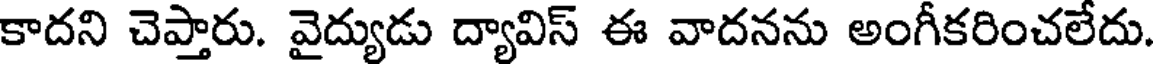
కాదని చెప్తారు. వైద్యుడు ద్యావిస్ ఈ వాదనను అంగీకరించలేదు.